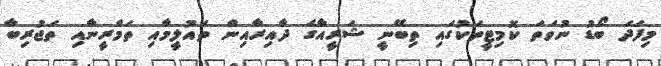
މިފަދަ ބޯޑު ނުވަތަ ކޮމިޓީތަކުގައި ތިބޭނީ ޝަރީއާގެ ދާއިރާއިން ތައުލީމާއި ތަމްރީނާއި ތަޖުރިބާ